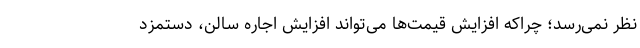
نظر نمی‌رسد؛ چراکه افزایش قیمت‌ها می‌تواند افزایش اجاره سالن، دستمزد